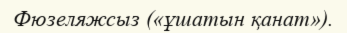
Фюзеляжсыз («ұшатын қанат»).